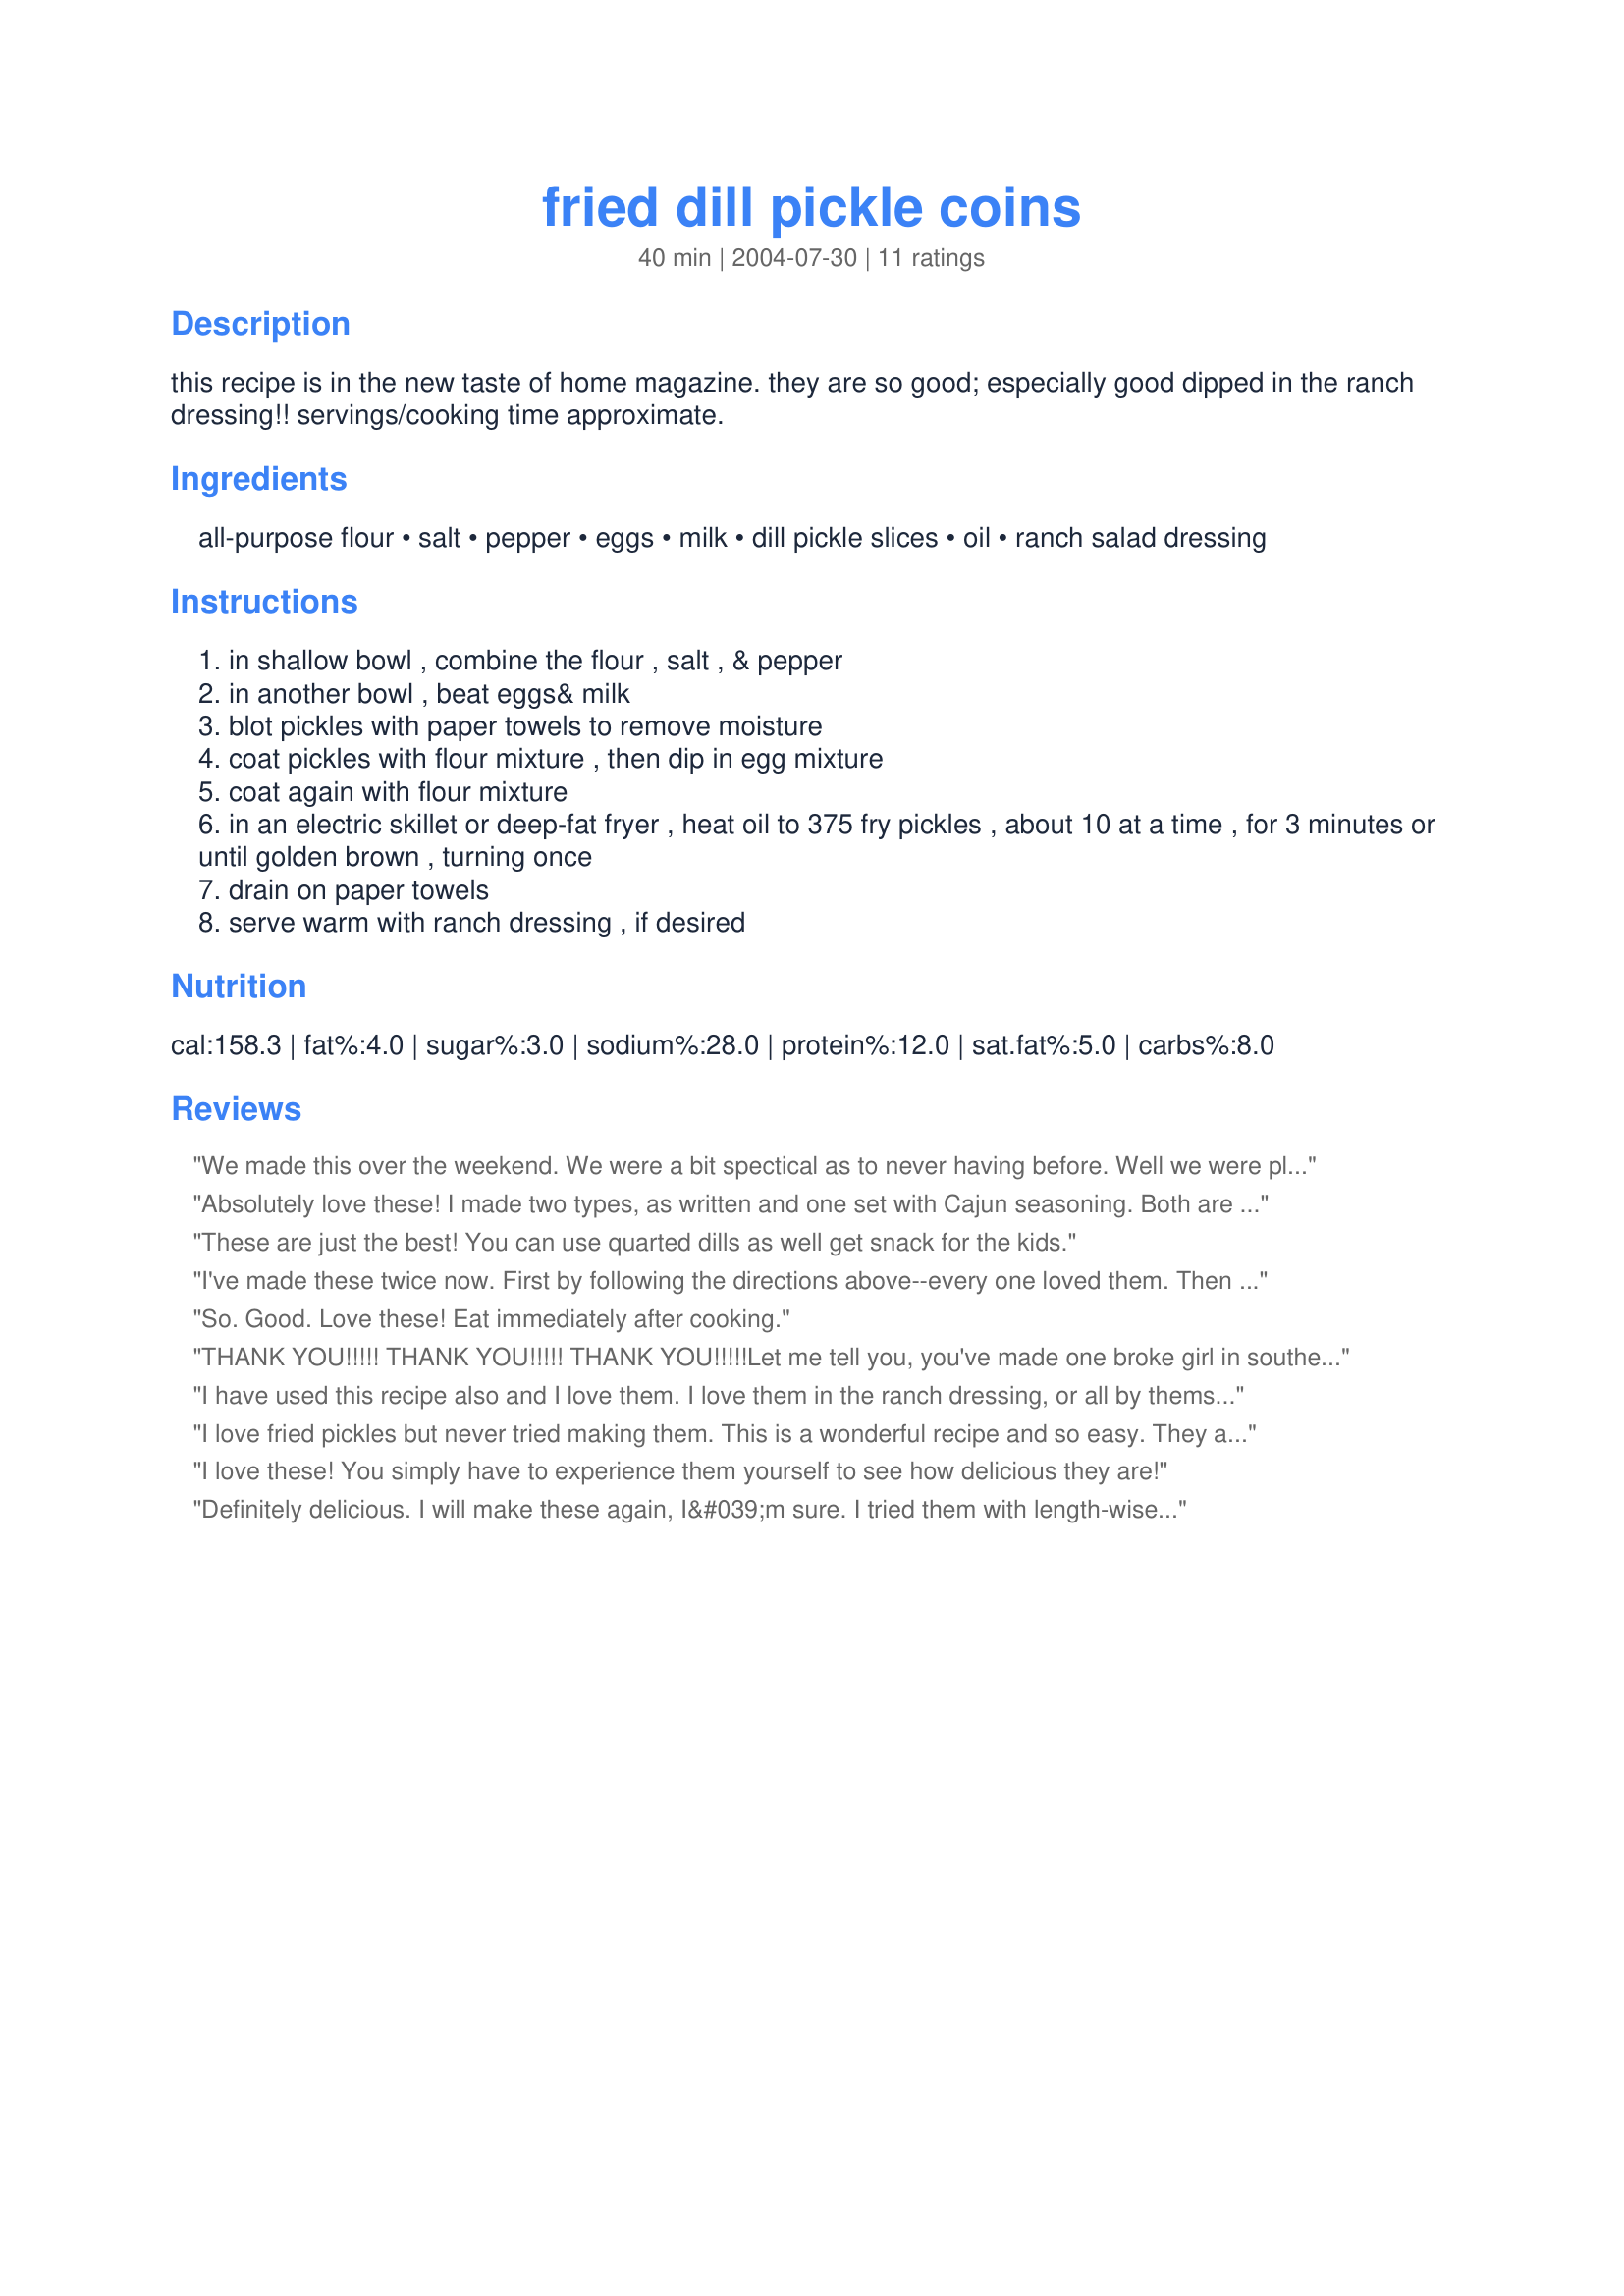
fried dill pickle coins
Preparation time: 40 minutes

this recipe is in the new taste of home magazine. they are so good; especially good dipped in the ranch dressing!! servings/cooking time approximate.

Ingredients:
all-purpose flour, salt, pepper, eggs, milk, dill pickle slices, oil, ranch salad dressing

Steps:
in shallow bowl , combine the flour , salt , & pepper
in another bowl , beat eggs& milk
blot pickles with paper towels to remove moisture
coat pickles with flour mixture , then dip in egg mixture
coat again with flour mixture
in an electric skillet or deep-fat fryer , heat oil to 375 fry pickles , about 10 at a time , for 3 minutes or until golden brown , turning once
drain on paper towels
serve warm with ranch dressing , if desired

Reviews:
We made this over the weekend. We were a bit spectical as to never having before. Well we were pleasently surprised. These were great. There wasn't a ton of dill pickle taste, but great anyway. Will make again. 
Thanks for the post.
Absolutely love these! I made two types, as written and one set with Cajun seasoning. Both are tasty! Thank you for posting!! **Made for March 2008 Aussie Recipe Swap**
These are just the best! You can use quarted dills as well get snack for the kids.
I've made these twice now. First by following the directions above--every one loved them. Then I made them by quartering whole dill piclkes by slicing lengthwise, and used Cajun seasoning in place of salt. I served them with fried catfish and sweat coleslaw.
So. Good. Love these! Eat immediately after cooking.
THANK YOU!!!!! THANK YOU!!!!! THANK YOU!!!!!<br/>Let me tell you, you've made one broke girl in southeast Massachusetts very happy by sharing this recipe. I had a killer craving for fried pickles this afternoon, and these are just as delicious as the fried pickle chips they serve at The Lucky Dawg, this small restaurant down the road from my home. <br/>Now I didn't even need to dip them in anything at all. But, as an option for those not fond of ranch, Parmesan Peppercorn dressing is also excellent with pickle chips.
I have used this recipe also and I love them. I love them in the ranch dressing, or all by themselves. They are best eaten immediately after cooking.
I love fried pickles but never tried making them. This is a wonderful recipe and so easy. They are good with or without the ranch dressing. Thanks Earnhardt for sharing.


I love these! You simply have to experience them yourself to see how delicious they are!
Definitely delicious. I will make these again, I&#039;m sure. I tried them with length-wise-cut pickles, and the taste was superb, but they were a little bit unwieldy to cook. Next time I will use normal pickle slices, as the recipe called for. I think they are probably not super-healthy, but they were so good. Like I said, I WILL make these again. Thanks for a great recipe!
My Daughter(27yrs old) called me and asked me to make Fried Dill Pickles. I was not so sure about the idea. Your recipe helped me make it happen and I must say..OH My Goodness are these good. I did not change anything on your recipe.They are good. Thank You for your recipe. Hugs
